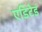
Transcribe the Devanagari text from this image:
एडिटेड